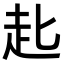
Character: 𧺊